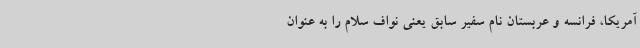
آمریکا، فرانسه و عربستان نام سفیر سابق یعنی نواف سلام را به عنوان